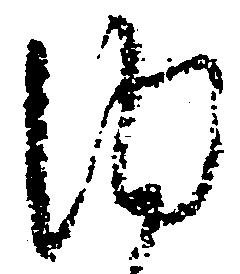
内